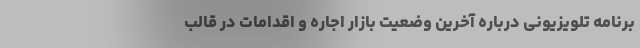
برنامه تلویزیونی درباره آخرین وضعیت بازار اجاره و اقدامات در قالب